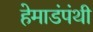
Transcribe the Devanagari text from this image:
हेमाडंपंथी